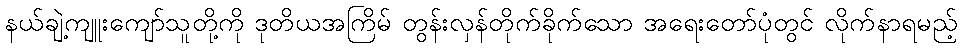
နယ်ချဲ့ကျူးကျော်သူတို့ကို ဒုတိယအကြိမ် တွန်းလှန်တိုက်ခိုက်သော အရေးတော်ပုံတွင် လိုက်နာရမည့်